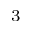
^ { 3 }